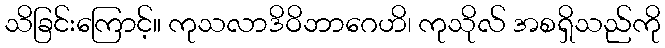
သိခြင်းကြောင့်။ ကုသလာဒိဝိဘာဂေဟိ၊ ကုသိုလ် အစရှိသည်ကို